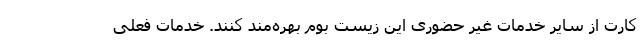
کارت از سایر خدمات غیر حضوری این زیست بوم بهره‌مند کنند. خدمات فعلی